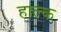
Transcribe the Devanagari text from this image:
हाल्क